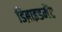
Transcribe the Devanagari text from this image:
डिब्राइडमेंट